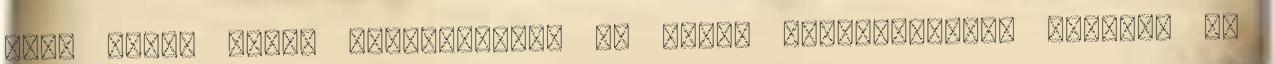
Zala megye meddő szénhidrogén CH kutak hasznosítását feltáró és